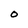
Character: O